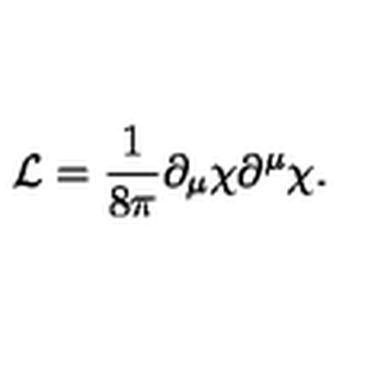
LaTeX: { \cal L } = \frac { 1 } { 8 \pi } \partial _ { \mu } \chi \partial ^ { \mu } \chi .